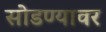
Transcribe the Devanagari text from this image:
सोडण्यावर